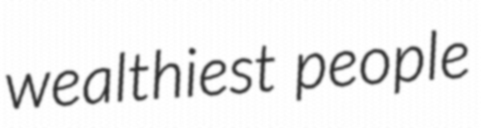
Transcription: wealthiest people